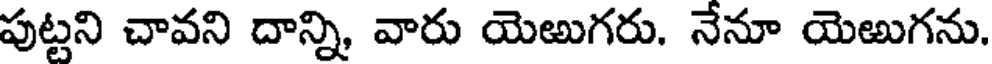
పుట్టని చావని దాన్ని, వారు యెఱుగరు. నేనూ యెఱుగను.